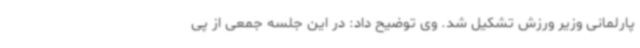
پارلمانی وزیر ورزش تشکیل شد. وی توضیح داد: در این جلسه جمعی از پی